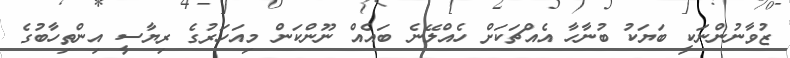
ޒުވާނުންނަކީ ބަޔަކު ބުނާހާ އެއްޗަކަށް ހެއްލޭނެ ބައެއް ނޫންކަން މިއަހަރުގެ ރިޔާސީ އިންތިހާބުގެ